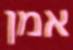
אמן